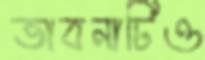
ভাবনাটিও